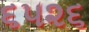
૬૫૨૬